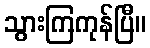
သွားကြကုန်ပြီ။